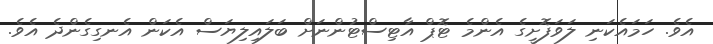
އެވެ. ހަމައެކަނި ލަވަފޮށީގެ އެންމެ ޓޮޕް އާޓިސްޓުންނަށް ބަލައިލިޔަސް އެކަން އެނގިގެންދެ އެވެ.